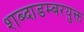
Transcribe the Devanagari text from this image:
शब्दाडम्बरयुक्त